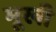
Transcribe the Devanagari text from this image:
मूखी